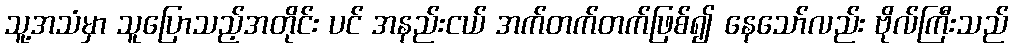
သူ့အသံမှာ သူပြောသည့်အတိုင်း ပင် အနည်းငယ် အက်တက်တက်ဖြစ်၍ နေသော်လည်း ဗိုလ်ကြီးသည်